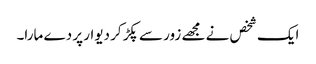
ایک شخص نے مجھے زور سے پکڑ کر دیوار پر دے مارا۔